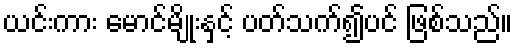
ယင်းကား မောင်မျိုးနှင့် ပတ်သက်၍ပင် ဖြစ်သည်။